Report on vaccination in the Province of Bengal - 1874-1889
Year: 1874
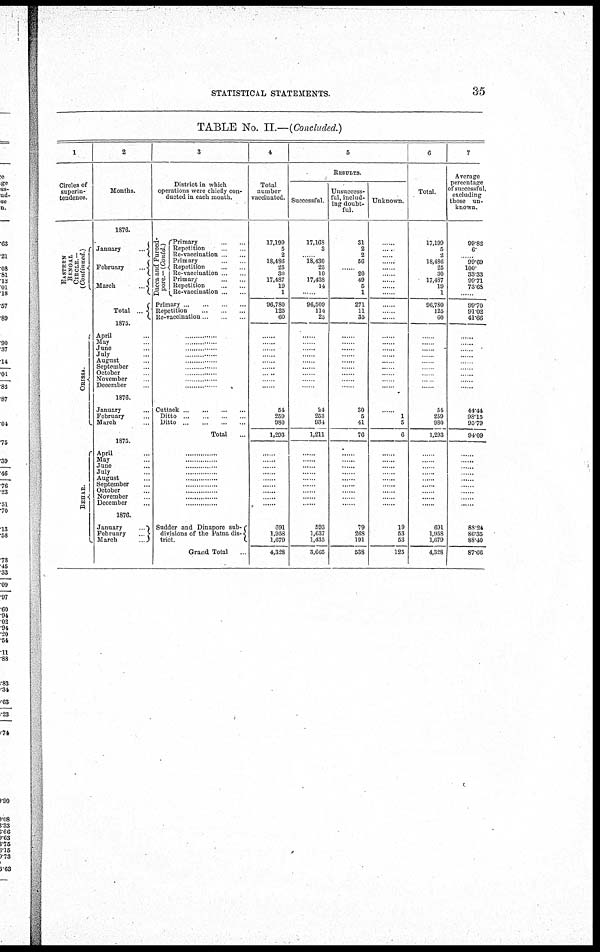
STATISTICAL STATEMENTS.
35
TABLE No. II.—(Concluded.)
1
Circles of
superin-
tendence.
EASTERN
BENGAL
CIRCLE.—
(Continued.)
ORI SSA.
BEHAR.
2
Months.
1876.
January...
...
February
...
March...
Total
April...
May.
June
July
August
September
October
November .
December..
1876.
January...
February
March
April .
May
June...
July.
August
September
October
November
December...
1876.
January...
February...
March .
3
District in which
operations were chiefly con-
ducted in each month.
Dacca and Fureed-
pore — (Contd)
Primary ... ..
Repetition... ...
Re-vaccination
Primary... ...
Repetition... ...
Re-vaccination ..
Primary...
...
Repetition
...
...
Re-vaccination...
...
Primary .. ..
Repetition... ...
Re-vaccination .
......
......
......
......
......
......
......
......
......
Cuttack...
...
...
...
Ditto .
Ditto
.
.
..
....
Total...
... ..
......
...
....
... .. ......
......
......
...
...
Sudder and Dinapore sub-
divisions of the Patna dis-
trict.
Grand Total
4
Total
number
vaccinated.
17,199
5
2
18,486
25
30
17,487
19
1
96,780
125
60
......
......
......
......
......
......
......
... ..
. .. .
54
259
980
1,293
......
......
...
... .
......
......
......
...
...
691
1,958
1,679
4,328
5
RESULTS.
Successful.
17,168
3
18,430
25
10
17,438
14
..
96,509
114
25
......
......
......
......
......
......
......
.. .
. ..
24
253
934
1,211
......
......
...
...
......
......
......
...
...
593
1,637
1,435
3,665
Unsuccess-
ful, includ-
ing doubt-
ful.
31
2
2
56
......
20
49
5
1
271
11
35
......
......
......
......
......
......
...
.. .
... ..
30
5
41
76
......
..
.... ....
...
......
. ..
...
...
...
79
268
191
538
Unknown.
......
... .
. ...
......
.. .
... ..
. .
. .
.. .
.
..
......
......
......
......
......
......
.. .
. ..
.. ..
..
1
5
6
......
....
...
......
......
.... ..
...
...
...
19
53
53
125
6
Total.
17,199
5
2
18,486
25
30
17,487
19
1
96,780
125
60
......
......
......
......
......
......
.. .
... ..
... .
54
259
980
1,293
......
...
...
......
...
......
...
691
1,958
1,679
4,328
7
Average
percentage
of successful,
excluding
those un-
known.
99.82
6.
99.69
100.
33.33
99.71
73.68
....
99.70
91.02
41.66
......
......
......
.. ...
......
......
.. .
.. .
.. ...
44.44
98.15
95.79
94.09
......
...
...
...
......
.. ..
......
...
...
88.24
86.35
88.40
87.66